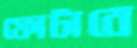
ফোটাবে